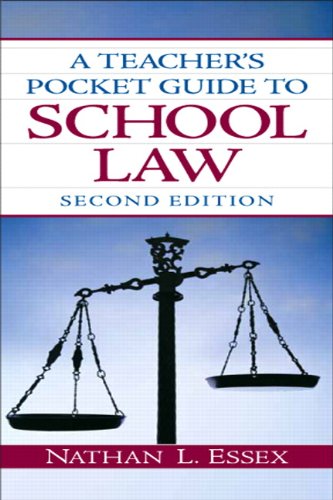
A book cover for A Teacher's Pocket Guide to School Law (2nd Edition); Nathan L. Essex; Education & Teaching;